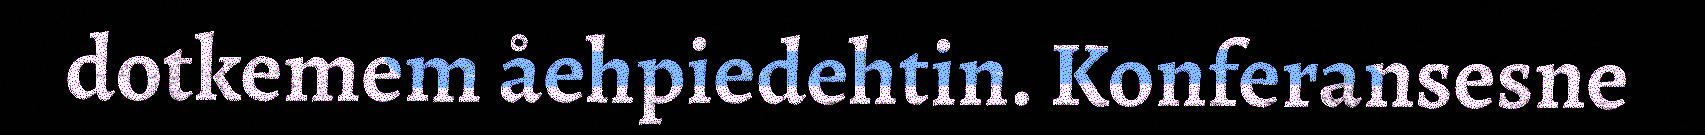
dotkemem åehpiedehtin. Konferansesne